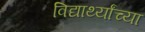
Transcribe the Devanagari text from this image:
विद्यार्थ्‍यांच्‍या